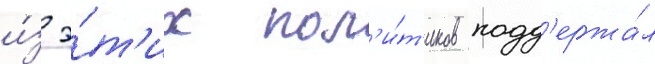
и́з э́т'их пол'и́т'иков подд'ержа́л